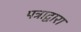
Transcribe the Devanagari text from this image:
पत्राद्वारा